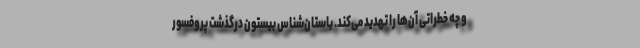
و چه خطراتی آن‌ها را تهدید می‌کند. باستان‌شناس بیستون درگذشت پروفسور